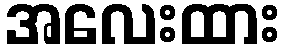
အလေးထား